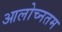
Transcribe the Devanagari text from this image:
आलोच्नतम